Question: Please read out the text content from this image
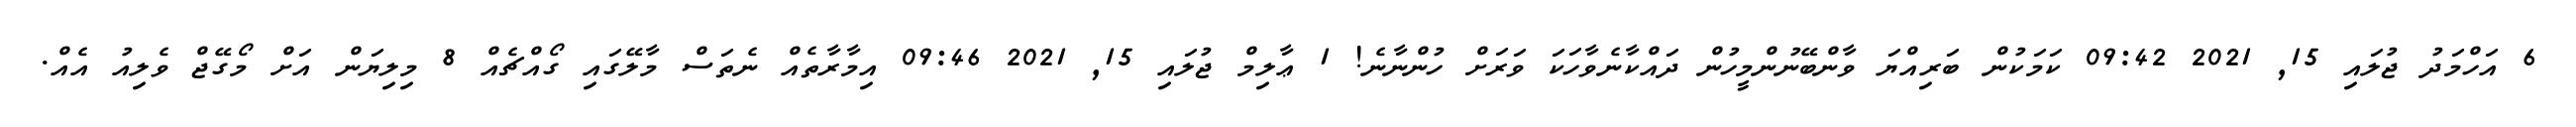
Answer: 6 އަހްމަދު ޖުލައި 15, 2021 09:42 ކަމަކުން ބަރިއްޔަ ވާންބޭނުންމީހުން ދައްކާނެވާހަކަ ވަރަށް ހުންނާނެ! 1 ޢާލިމް ޖުލައި 15, 2021 09:46 އިމާރާތެއް ނެތަސް މާލޭގައި ގޯއްޗެއް 8 މިލިޔަން އަށް މޯގޭޖް ވެލިއު އެއް.